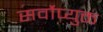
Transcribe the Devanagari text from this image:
सर्वोप्युक्त